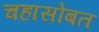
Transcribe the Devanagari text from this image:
चहासोबत